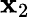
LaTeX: \mathbf{x}_{2}